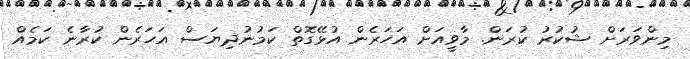
މިންވަރަށް ޝުކުރު ކުރަން. މާވީއަށް އަހަރެން އުޅޭގޮތް ކަމުނުދިޔަސް އަހަރެން ކުރާނެ ކަމެއް